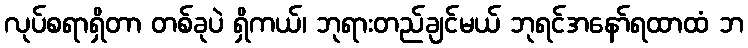
လုပ်စရာရှိတာ တစ်ခုပဲ ရှိကယ်၊ ဘုရားတည်ချင်မယ် ဘုရင်အနော်ရထာထံ ဘ